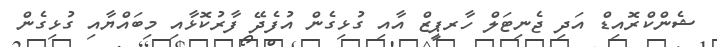
ޝެންކްރޮއިޑް އަދި ޖެނިޓަލް ހާރޕީޒް އާއި ގުޅިގެން އުފެދޭ ފާރުކޮޅާއި މިބައްޔާއި ގުޅިގެން